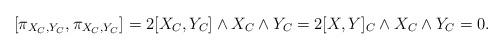
LaTeX: \begin{align*}&[\pi_{X_{C}, Y_{C}},\pi_{X_{C}, Y_{C}}]=2[X_{C}, Y_{C}]\wedge X_{C} \wedge Y_{C}=2[X, Y]_{C}\wedge X_{C} \wedge Y_{C}=0. \end{align*}